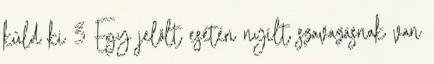
küld ki 3 Egy jelölt esetén nyílt szavazásnak van